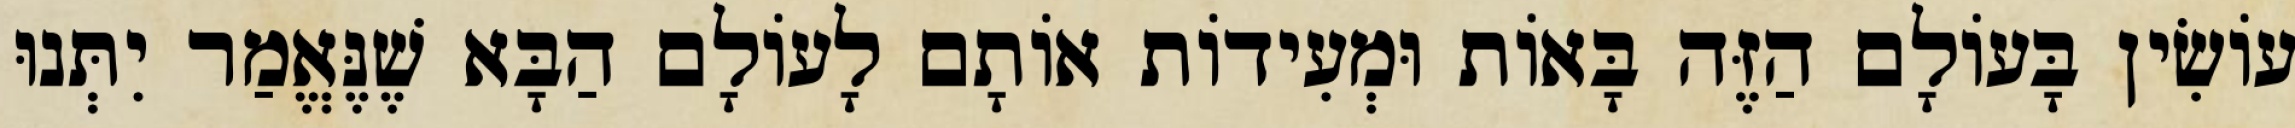
עוֹשִׂין בָּעוֹלָם הַזֶּה בָּאוֹת וּמְעִידוֹת אוֹתָם לָעוֹלָם הַבָּא שֶׁנֶּאֱמַר יִתְּנוּ